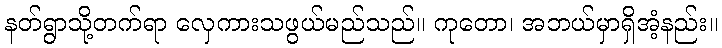
နတ်ရွာသို့တက်ရာ လှေကားသဖွယ်မည်သည်။ ကုတော၊ အဘယ်မှာရှိအံ့နည်း။